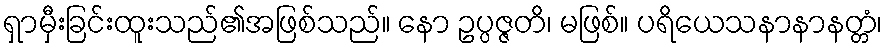
ရှာမှီးခြင်းထူးသည်၏အဖြစ်သည်။ နော ဥပ္ပဇ္ဇတိ၊ မဖြစ်။ ပရိယေသနာနာနတ္တံ၊